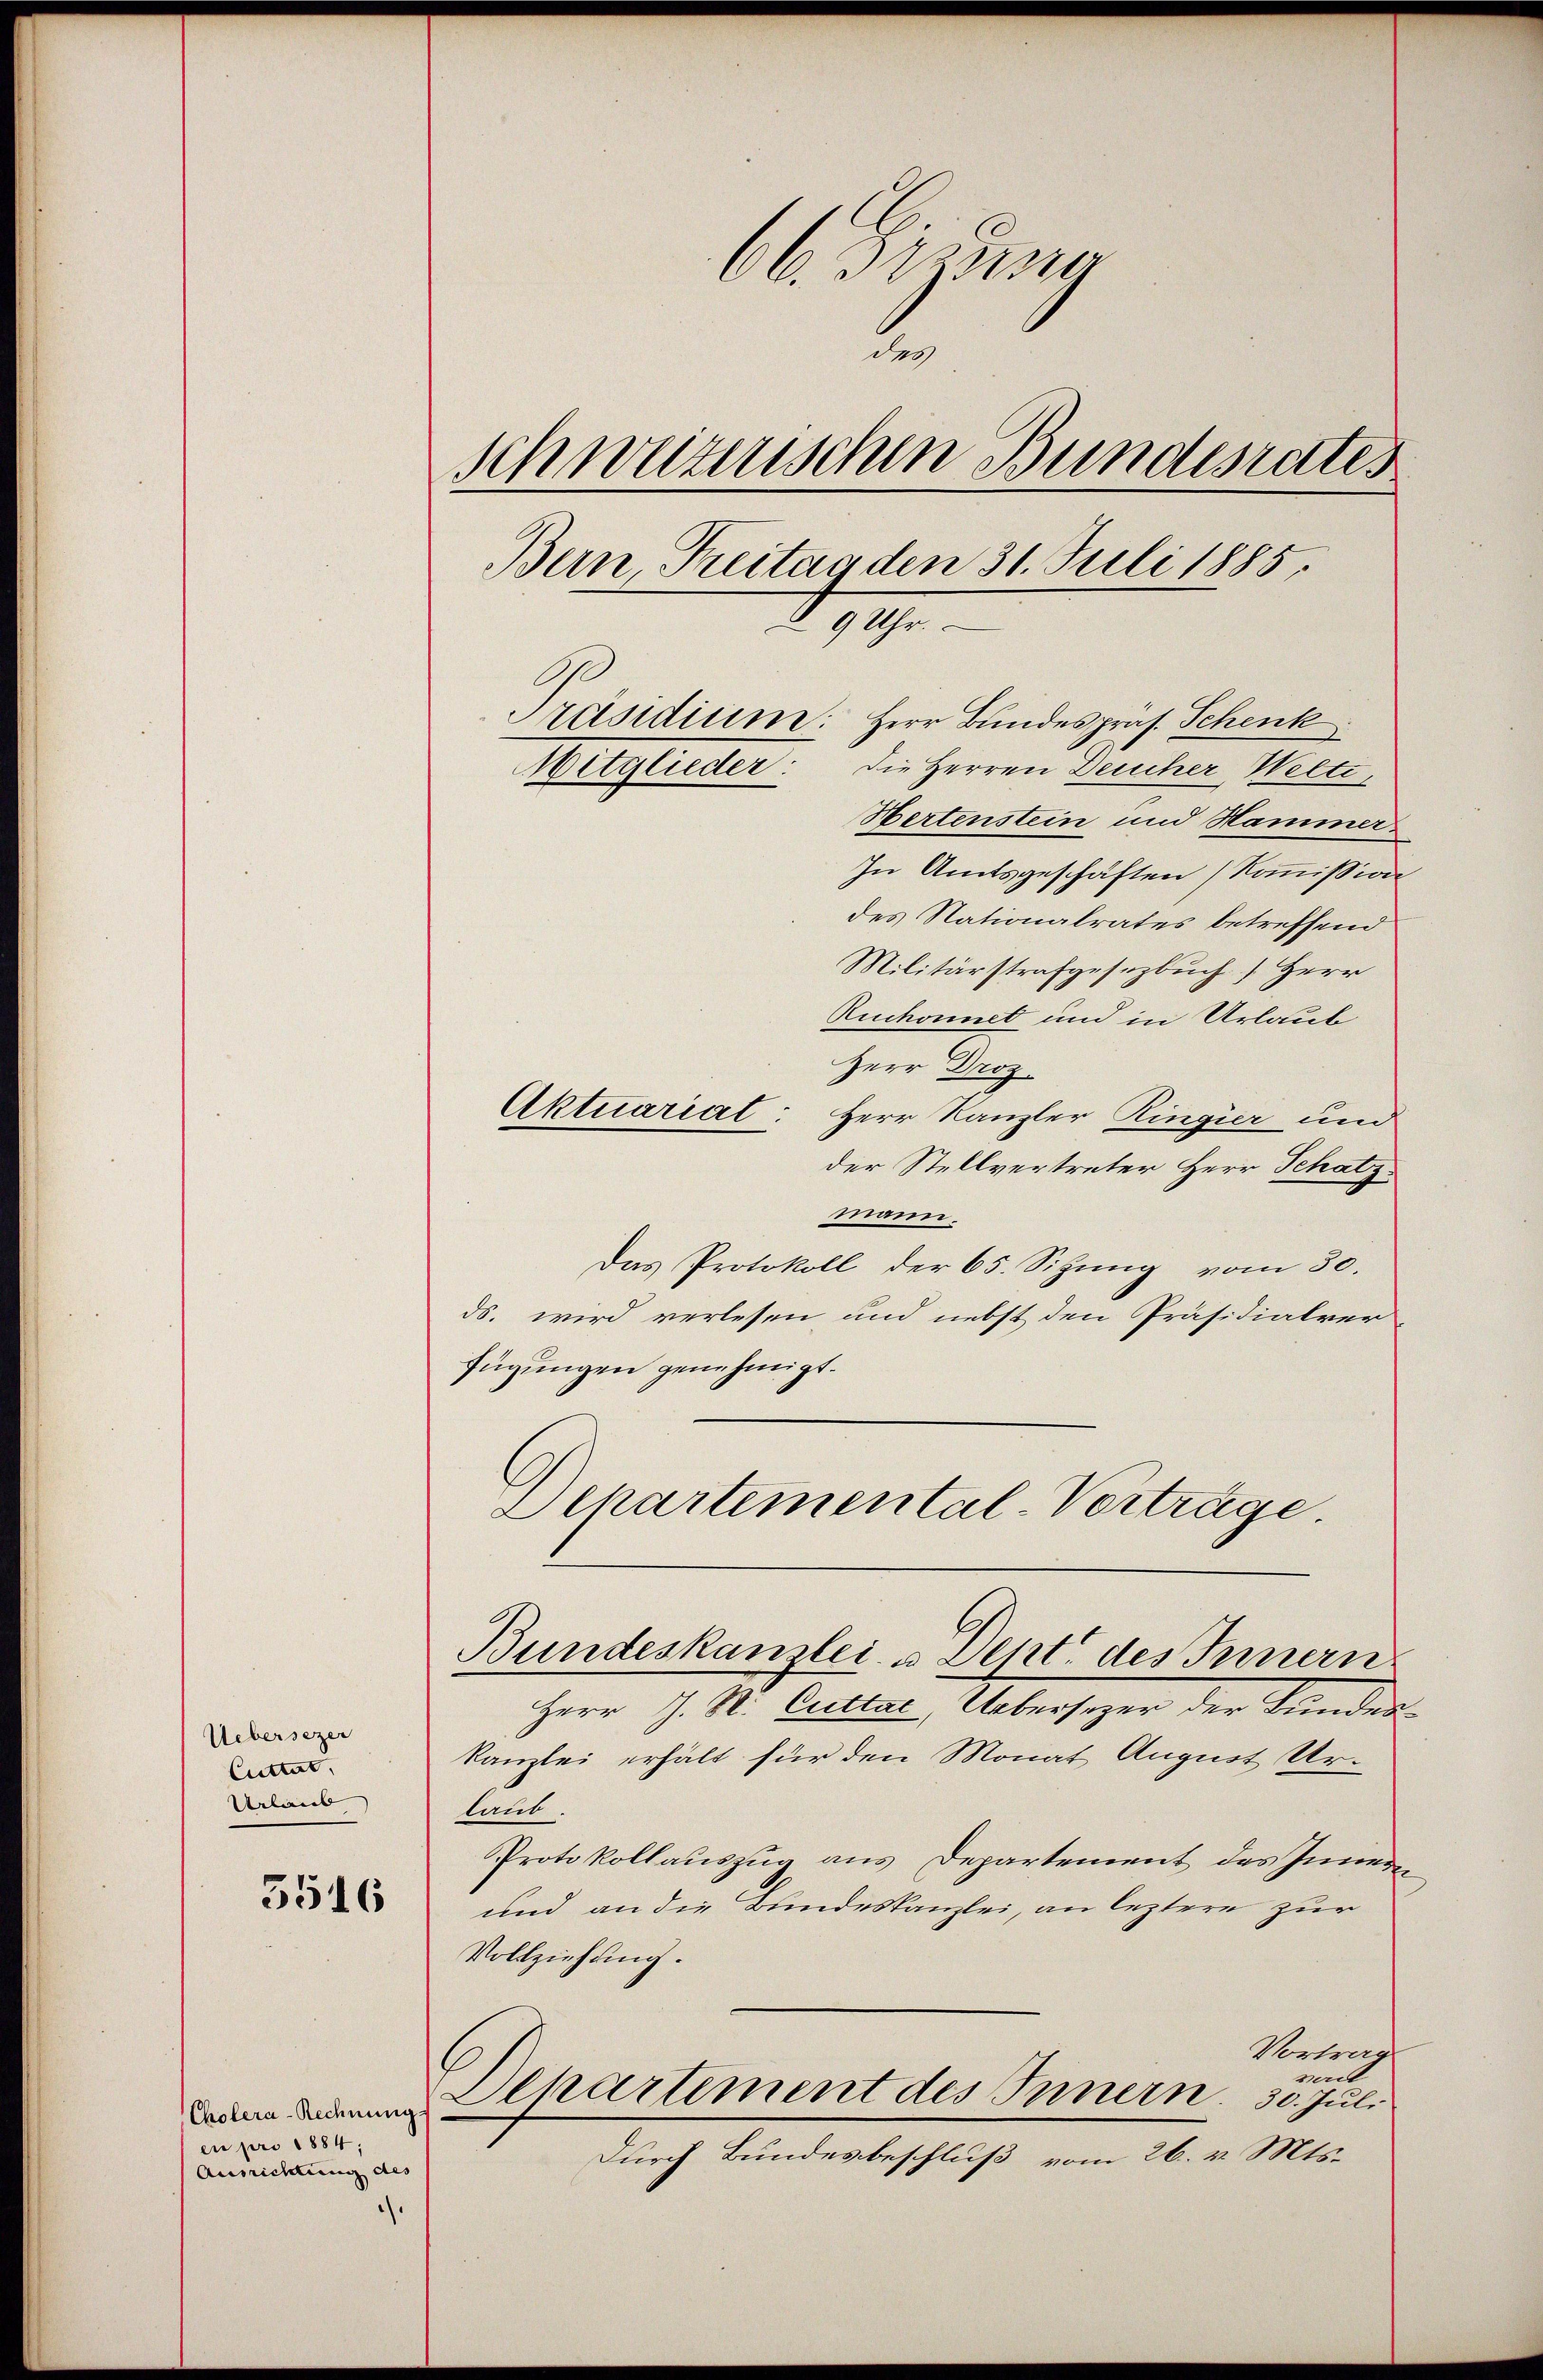
66. Deze
de
schweizerischen Bundesrates
Bern Freitag den 31. Juli 1885.
9 Uhr.
Präsidium: Herr Bundespräs. Schenk
Mitglieder: die Herren Deucher Welti,
Hertenstein und Hammer¬

In Amtsgeschäften (Kommission
des Nationalrates betreffend
Militärstrafgesezbuch Herr
Ruchonnet und in Urlaub
Herr Droz
Aktuariat: Herr Kanzler Ringier und
der Stellvertreter Herr Schatzmann.
Das Protokoll der 65. Sitzŭng vom 30.
ds. wird verlesen und nebst den Präsidialver
fügungen genehmigt.
Schartemental-Vorträge

Bundeskanzlei- u. Dent des Innern.

Herr J. R. Cuttac, Uebersezer der Bundes¬
Kanzlei erhält für den Monat August Urlaub.
Protokollauszug aus Departement des Innern
und an die Bundeskanzlei, an leztere zur
Vollziehung.
Vortrag
perl
Departement des Innern. 30. Jul.
Durch Bundesbeschluß vom 26. v. Mts.

Uebersezer
Cuttat
Urlaub

3516

Cholera-Rechnung
en pro 1884,
Ausrichtung des
.